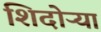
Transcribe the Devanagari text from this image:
शिदोऱ्या